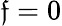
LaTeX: \mathfrak{f}=0